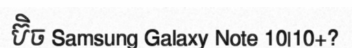
ប៊ិច Samsung Galaxy Note 10|10+?